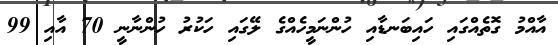
އާއްމު ގޮތެއްގައި ހައިބަނޑާއި ހުންނަމީހެއްގެ ލޭގައި ހަކުރު ހުންނާނީ 70 އާއި 99